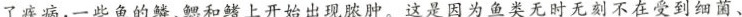
了疾病，一些鱼的鳞、鳃和鳍上开始出现脓肿。这是因为鱼类无时无刻不在受到细菌、